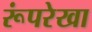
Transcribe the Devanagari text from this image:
रूंपरेखा